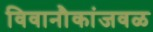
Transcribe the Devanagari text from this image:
विवानौकांजवळ